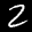
Label: 2